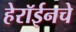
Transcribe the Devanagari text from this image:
हेरॉईनचे